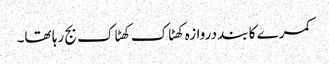
کمرے کا بند دروازہ کھٹاک کھٹاک بج رہا تھا۔